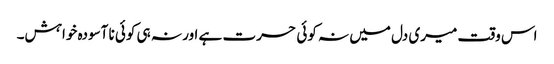
اس وقت میری دل میں نہ کوئی حسرت ہے اور نہ ہی کوئی نا آسودہ خواہش۔